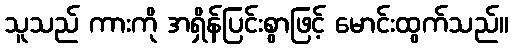
သူသည် ကားကို အရှိန်ပြင်းစွာဖြင့် မောင်းထွက်သည်။